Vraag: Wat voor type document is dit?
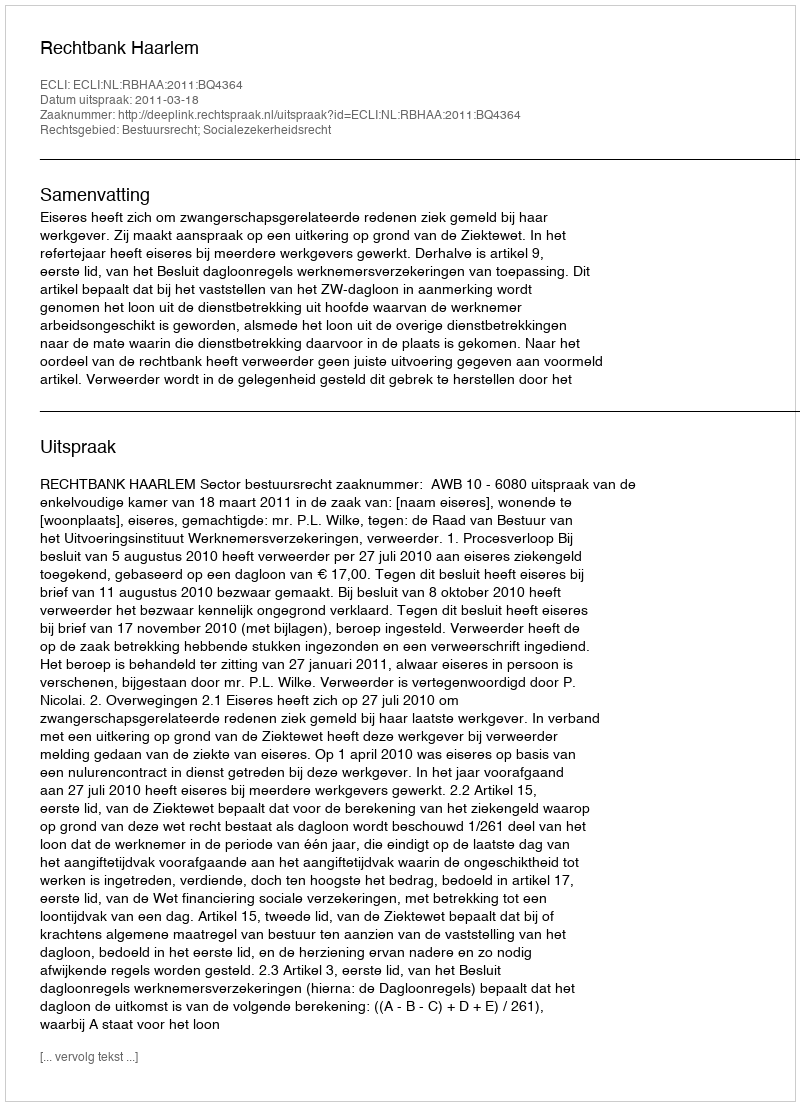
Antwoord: Uitspraak